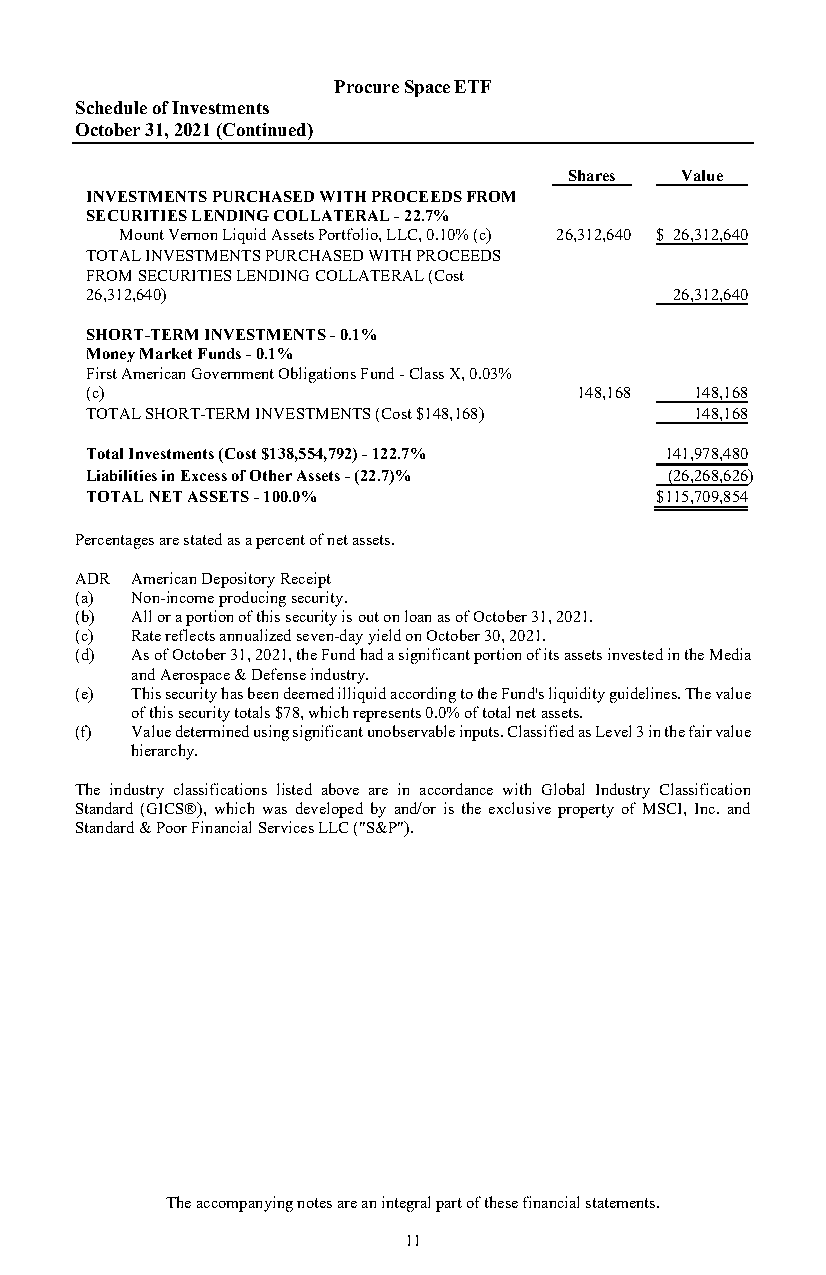
Procure Space ETF
 Schedule of Investments
 October 31, 2021 (Continued)
 Shares Value
 INVESTMENTS PURCHASED WITH PROCEEDS FROM
 SECURITIES LENDING COLLATERAL - 22.7%
 Mount Vernon Liquid Assets Portfolio, LLC, 0.10% (c) 2 6,312,640 $ 26,312,640
 TOTAL INVESTMENTS PURCHASED WITH PROCEEDS
 FROM SECURITIES LENDING COLLATERAL (Cost
 26,312,640)                            26,312,640
 SHORT-TERM INVESTMENTS - 0.1%
 Money Market Funds - 0.1%
 First American Government Obligations Fund - Class X, 0.03%
 (c)                             148,168 148,168
 TOTAL SHORT-TERM INVESTMENTS (Cost $148,168) 148,168
 Total Investments (Cost $138,554,792) - 122.7% 141,978,480
 Liabilities in Excess of Other Assets - (22.7)% (26,268,626)
 TOTAL NET ASSETS - 100.0%            $ 115,709,854
 Percentages are stated as a percent of net assets.
 ADR American Depository Receipt
 (a) Non-income producing security.
 (b) All or a portion of this security is out on loan as of October 31, 2021.
 (c) Rate reflects annualized seven-day yield on October 30, 2021.
 (d) As of October 31, 2021, the Fund had a significant portion of its assets invested in the Media
 and Aerospace & Defense industry.
 (e) This security has been deemed illiquid according to the Fund's liquidity guidelines. The value
 of this security totals $78, which represents 0.0% of total net assets.
 (f) Value determined using significant unobservable inputs. Classified as Level 3 in the fair value
 hierarchy.
 The industry classifications listed above are in accordance with Global Industry Classification
 Standard (GICS®), which was developed by and/or is the exclusive property of MSCI, Inc. and
 Standard & Poor Financial Services LLC ("S&P").
 The accompanying notes are an integral part of these financial statements.
 11